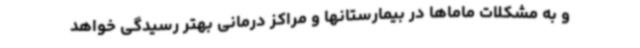
و به مشکلات ماماها در بیمارستانها و مراکز درمانی بهتر رسیدگی خواهد